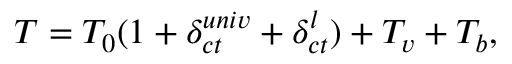
{ \cal T } = { \cal T } _ { 0 } ( 1 + \delta _ { c t } ^ { u n i v } + \delta _ { c t } ^ { l } ) + { \cal T } _ { v } + { \cal T } _ { b } ,